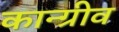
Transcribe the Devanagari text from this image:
कान्ग्रीव